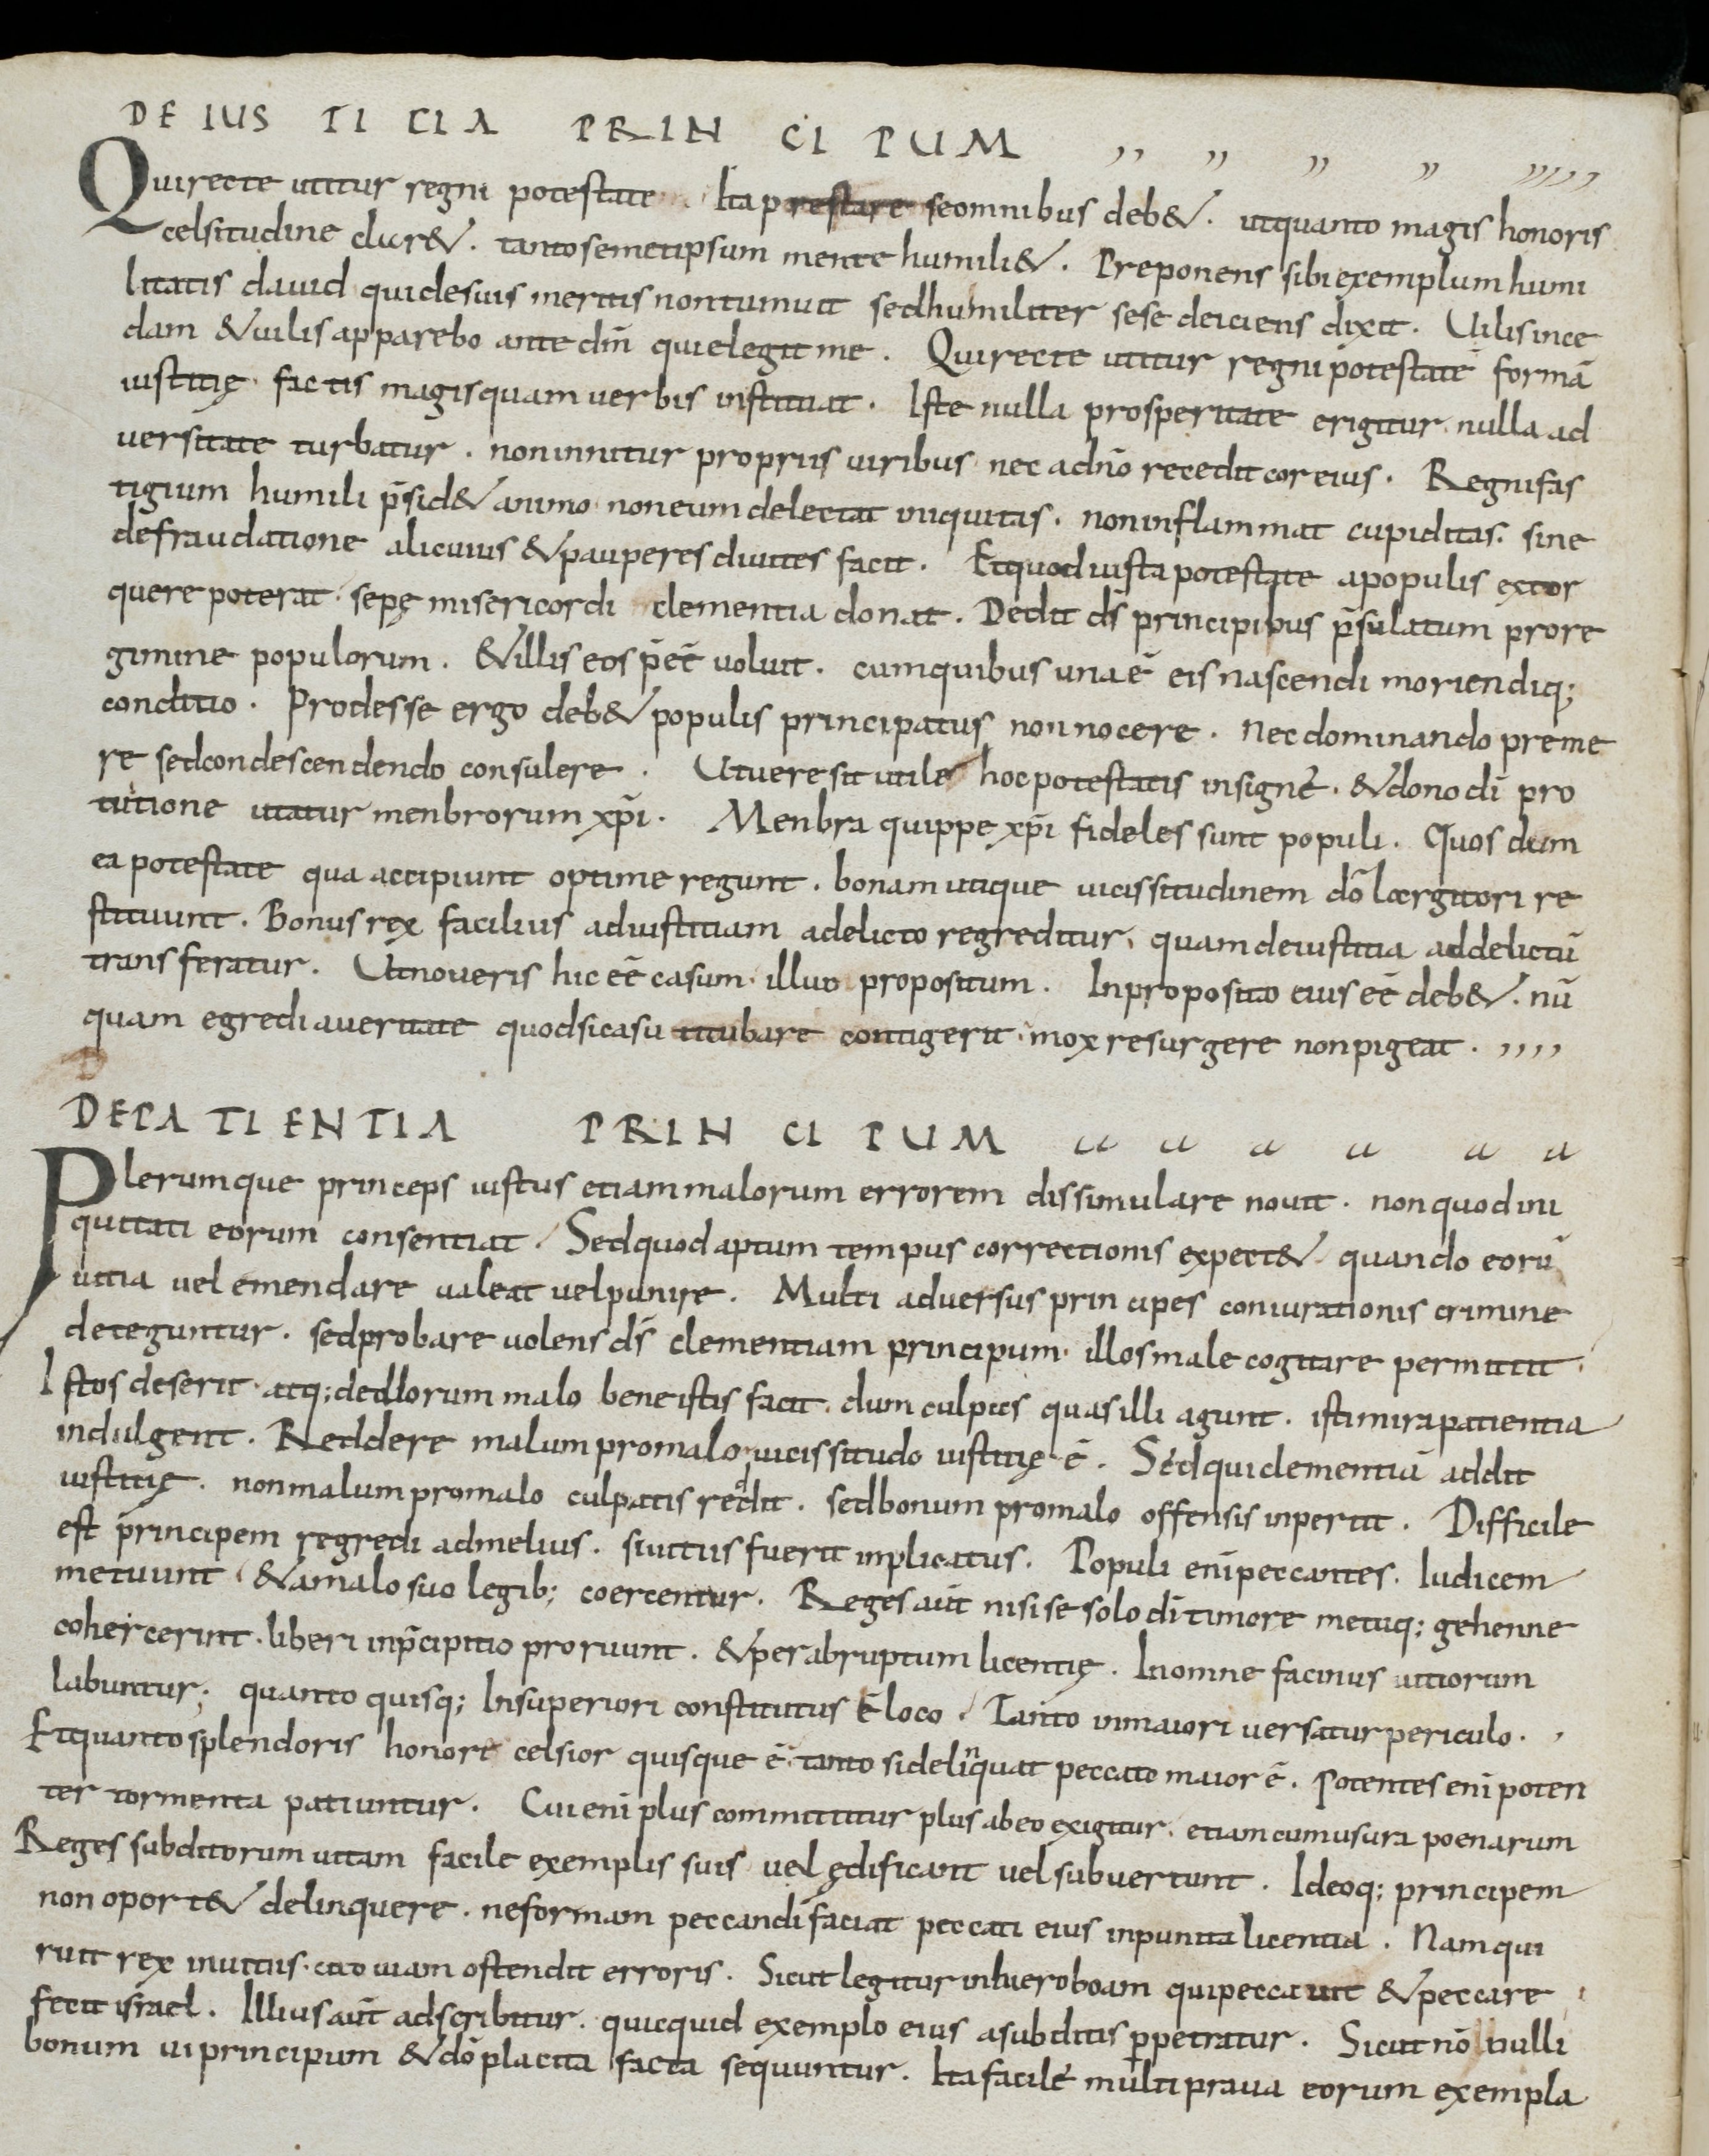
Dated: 900–1099